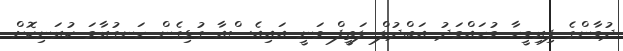
ދުމާންގެ ފިރިމީހާ މުހައްމަދު އަބްދުލް ލަތީފް ވަނީ އައިއެސްއާ ގުޅިގެން ހަނގުރާމަ ކުރަނިކޮށް